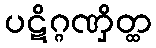
ပဋိဂ္ဂဏှိတ္ထ